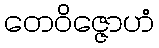
တေဝိဇ္ဇောဟံ